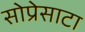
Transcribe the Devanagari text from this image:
सोप्रेसाटा